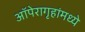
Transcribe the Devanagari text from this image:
ऑपेरागृहांमध्ये